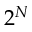
2 ^ { N }